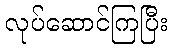
လုပ်ဆောင်ကြပြီး